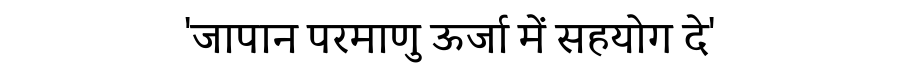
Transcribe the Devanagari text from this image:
'जापान परमाणु ऊर्जा में सहयोग दे'